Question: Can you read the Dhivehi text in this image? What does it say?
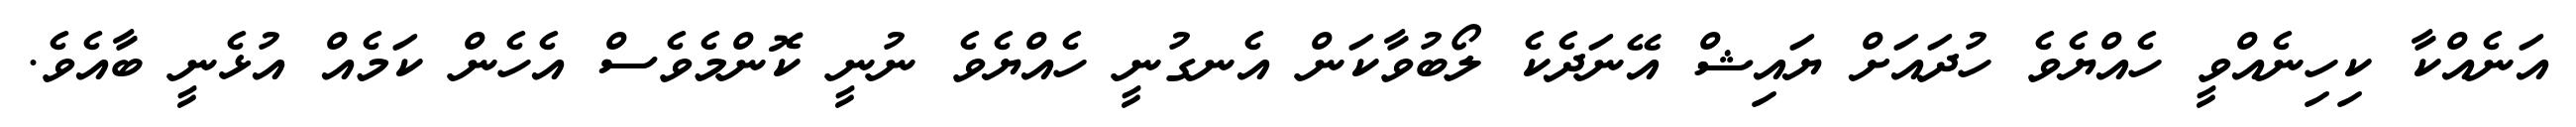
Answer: އަނެއްކާ ކިހިނެއްވީ ހެއްޔެވެ ހުދައަށް ޔައިޝް އޭނަދެކެ ލޯބުވާކަން އެނގުނީ ހެއްޔެވެ ނުނީ ކޮންމެވެސް އެހެން ކަމެއް އުޅެނީ ބާއެވެ.